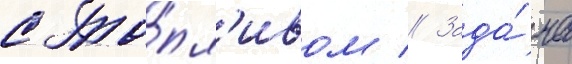
с то́пл'ивом // Зада́ча